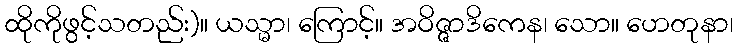
ထိုကိုဖွင့်သတည်း)။ ယသ္မာ၊ ကြောင့်။ အဝိဇ္ဇာဒိကေန၊ သော။ ဟေတုနာ၊